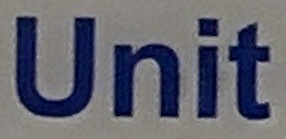
Unit